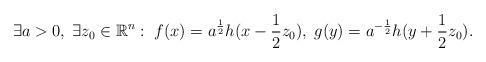
LaTeX: \begin{align*}\exists a>0,\; \exists z_0 \in \mathbb{R}^n:\; f(x) = a^\frac12 h(x - \frac12 z_0),\; g(y) = a^{-\frac12} h(y+\frac12z_0).\end{align*}